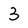
Character: 3